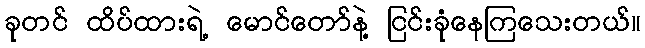
ခုတင် ထိပ်ထားရဲ့ မောင်တော်နဲ့ ငြင်းခုံနေကြသေးတယ်။